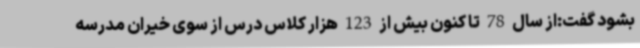
بشود گفت:از سال 78 تا کنون بیش از 123 هزار کلاس درس از سوی خیران مدرسه